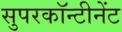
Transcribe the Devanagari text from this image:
सुपरकॉन्टीनेंट